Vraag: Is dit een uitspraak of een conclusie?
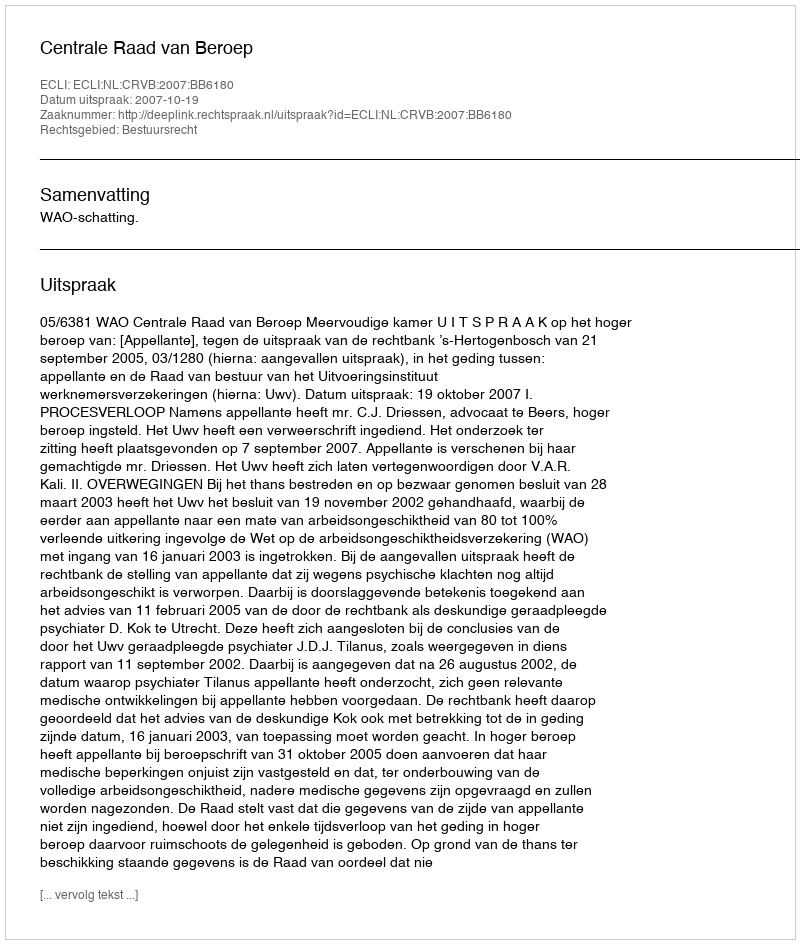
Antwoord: Uitspraak